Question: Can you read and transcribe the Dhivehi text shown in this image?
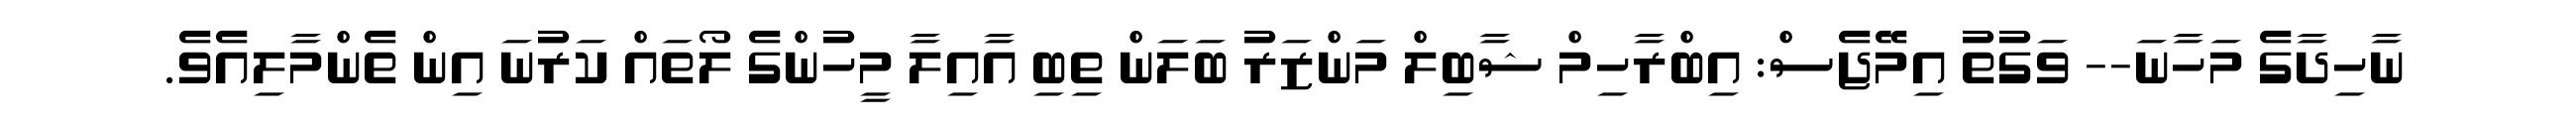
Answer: ނާހިދާގެ މަހާނަ-- ވަގުތު އިމޭޖެސް: އިބްރާހިމް ޝާބިލް މަންޒަރު ބަލަން ތިބި އާއިލާ މީހުންގެ ލޯތައް ކަރުނަ އިން ތެންމާލިއެވެ.